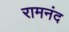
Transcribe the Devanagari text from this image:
रामनंद